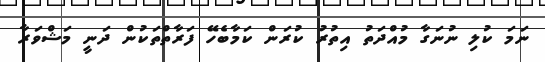
ނަމަ ކުލި ނުނަގާ މުއްދަތު އިތުރު ކުރަން ކަމާބެހޭ ފަރާތްތަކުން ދަނީ މަޝްވަރާ